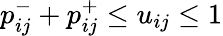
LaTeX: p_{ij}^{-}+p_{ij}^{+}\leq u_{ij}\leq 1